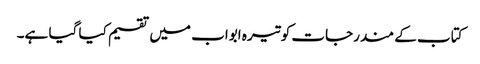
کتاب کے مندرجات کو تیرہ ابواب میں تقسیم کیا گیا ہے۔